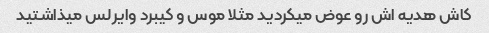
کاش هدیه اش رو عوض میکردید مثلا موس و کیبرد وایرلس میذاشتید